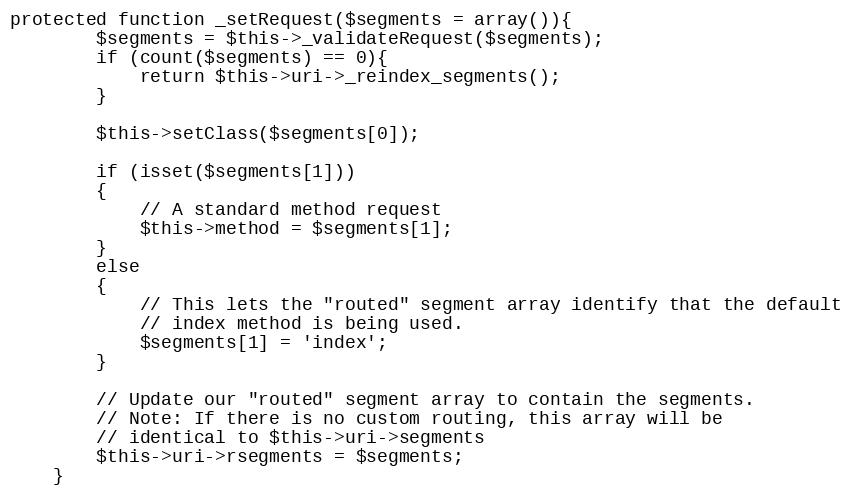
Language: PHP
protected function _setRequest($segments = array()){
		$segments = $this->_validateRequest($segments);
		if (count($segments) == 0){
			return $this->uri->_reindex_segments();
		}

		$this->setClass($segments[0]);

		if (isset($segments[1]))
		{
			// A standard method request
			$this->method = $segments[1];
		}
		else
		{
			// This lets the "routed" segment array identify that the default
			// index method is being used.
			$segments[1] = 'index';
		}

		// Update our "routed" segment array to contain the segments.
		// Note: If there is no custom routing, this array will be
		// identical to $this->uri->segments
		$this->uri->rsegments = $segments;
	}